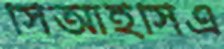
সিআইসিএ